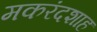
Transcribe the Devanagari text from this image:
मकरंदशाह